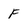
Character: F